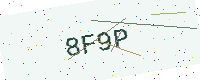
Text: 8F9P